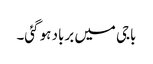
باجی میں برباد ہو گئی۔